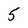
Character: 5